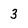
Character: 3